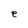
Character: e